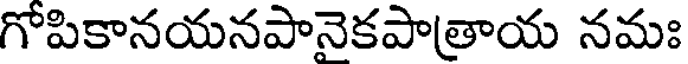
గోపికానయనపానెకపాత్రాయ నమః